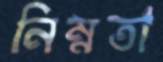
নিম্নতা